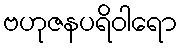
ဗဟုဇနပရိဝါရော